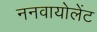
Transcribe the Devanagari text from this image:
ननवायोलेंट